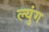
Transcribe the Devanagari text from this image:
ल्युंग